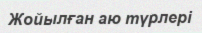
Жойылған аю түрлері